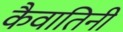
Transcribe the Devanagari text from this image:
कैवातिनी